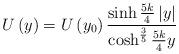
LaTeX: \begin{align*}U\left(y\right) = U\left(y_0\right) \frac{\sinh\frac{5k}{4}\left|y\right|} {\cosh^{\frac{3}{5}}\frac{5k}{4} y}\end{align*}